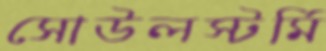
সোউলস্টর্মি